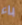
باء